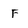
Character: F